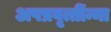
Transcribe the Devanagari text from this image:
अपप्रवृत्तींन्ना